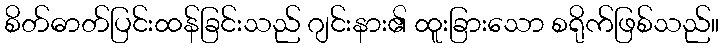
စိတ်ဓာတ်ပြင်းထန်ခြင်းသည် ဂျင်းနား၏ ထူးခြားသော စရိုက်ဖြစ်သည်။